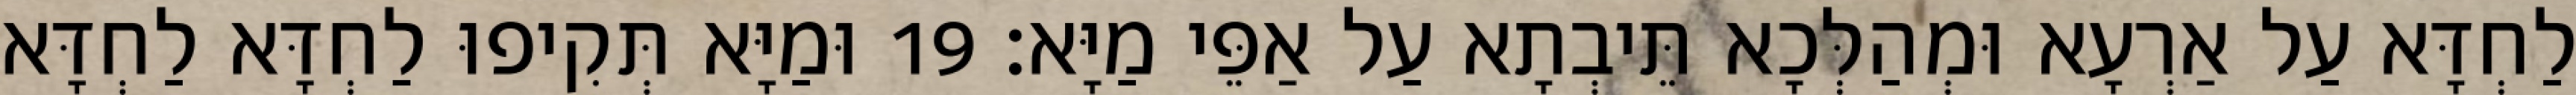
לַחְדָּא עַל אַרְעָא וּמְהַלְּכָא תֵּיבְתָא עַל אַפֵּי מַיָּא׃ 19 וּמַיָּא תְּקִיפוּ לַחְדָּא לַחְדָּא